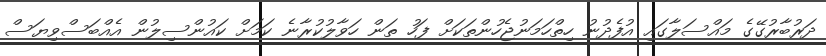
ދަރުބާރުގޭގެ މައްސަލާގައި އުފެދުނު ހިތްހަމަނުޖެހުންތަކަށް ފަހު ތަން ހަވާލުކުރާނެ ކަމަށް ކައުންސިލުން އެއްބަސްވިޔަސް